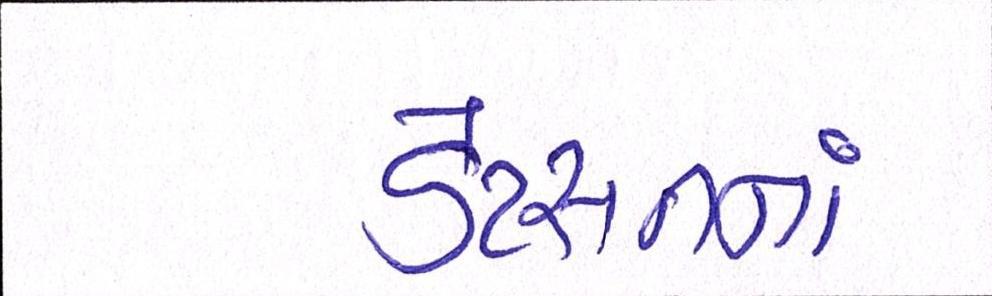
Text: ડેટસનનાં